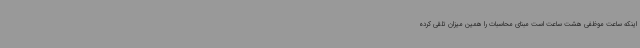
اینکه ساعت موظفی هشت ساعت است مبنای محاسبات را همین میزان تلقی کرده